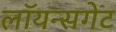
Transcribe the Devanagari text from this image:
लॉयन्सगेट